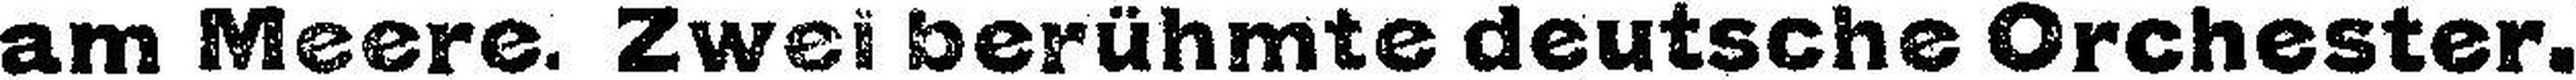
am Meere. Zweiberühmte deutsche Orchester.